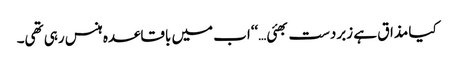
کیا مذاق ہے زبردست بھئی…‘‘اب میں باقاعدہ ہنس رہی تھی۔